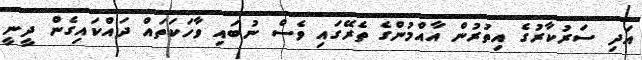
އަދި ސަރުކާރުގެ އިތުރުން އާއްމުންގެ ތެރޭގައި ވެސް ނުބައި ވާހަކަތައް ދައްކައިގެން ދީނީ